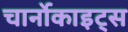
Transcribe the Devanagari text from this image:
चार्नोकाइट्स